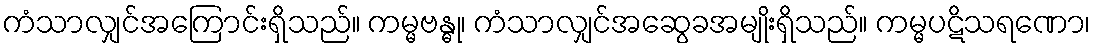
ကံသာလျှင်အကြောင်းရှိသည်။ ကမ္မဗန္ဓု၊ ကံသာလျှင်အဆွေခအမျိုးရှိသည်။ ကမ္မပဋိသရဏော၊